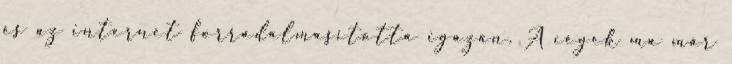
és az internet forradalmasította igazán. A cégek ma már